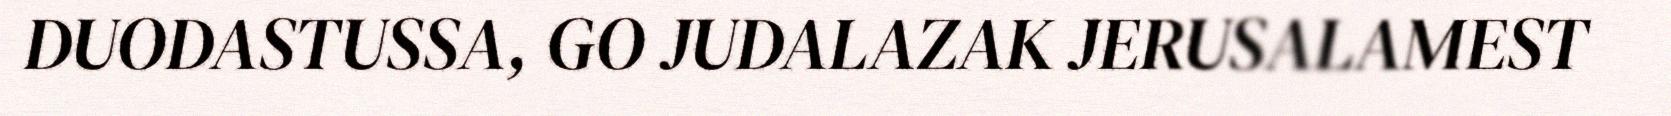
DUODASTUSSA, GO JUDALAZAK JERUSALAMEST